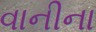
વાનીના